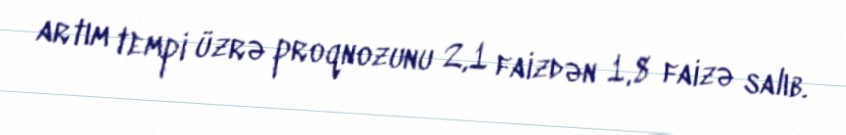
artım tempi üzrə proqnozunu 2,1 faizdən 1,8 faizə salıb.